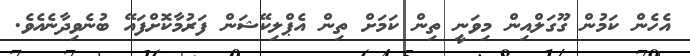
އެހެން ކަމުން ގޫގަލްއިން މިވަނީ ތިން ކަމަށް ތިން އެޕްލިކޭޝަން ފަރުމާކޮށްފައޭ ބުނެވިދާނެއެވެ.